Leaving Certificate Examination, 1920
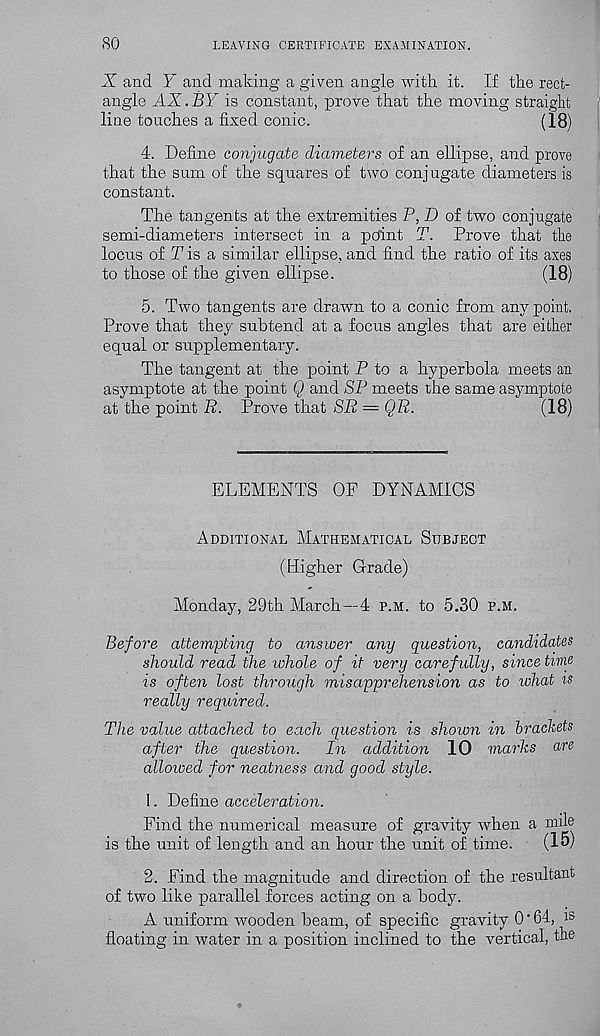
80
LEAVING CERTIFICATE EXAMINATION.
X and Y and making a given angle with it. If the rect-
angle AX.BY is constant, prove that the moving straight
line touches a fixed conic.
(18)
4. Define conjugate diameters of an ellipse, and prove
that the sum of the squares of two conjugate diameters is
constant.
The tangents at the extremities P, D of two conjugate
semi-diameters intersect in a point T. Prove that the
locus of T is a similar ellipse, and find the ratio of its axes
to those of the given ellipse.
(18)
5. Two tangents are drawn to a conic from any point.
Prove that they subtend at a focus angles that are either
equal or supplementary.
The tangent at the point P to a hyperbola meets an
asymptote at the point Q and SP meets the same asymptote
at the point R. Prove that SR = QR.
(18)
ELEMENTS OF DYNAMICS
Additional Mathematical Subject
(Higher Grade)
Monday, 29th March—4 p.m. to 5.30 p.m.
Before attempting to answer any question, candidates
should read the whole of it very carefully, since time
is often lost through misapprehension as to what is
really required.
The value attached to each question is shown in brackets
after the question.
In addition 10 marks are
allowed for neatness and good style.
1. Define acceleration.
Find the numerical measure of gravity when a mile
is the unit of length and an hour the unit of time.
(15)
2. Find the magnitude and direction of the resultant
of two like parallel forces acting on a body.
A uniform wooden beam, of specific gravity 0'64, is
floating in water in a position inclined to the vertical, the